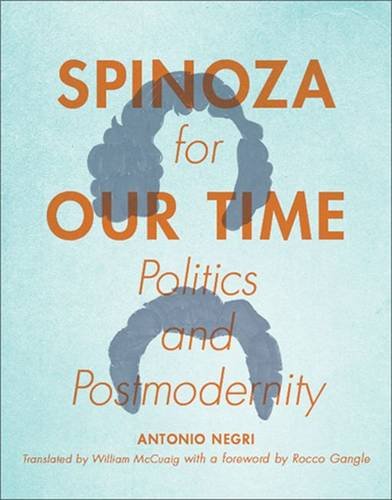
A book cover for Spinoza for Our Time: Politics and Postmodernity (Insurrections: Critical Studies in Religion, Politics, and Culture); Antonio Negri; Christian Books & Bibles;